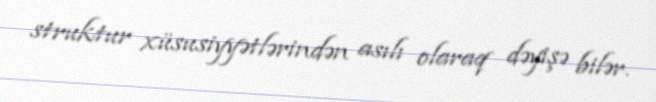
struktur xüsusiyyətlərindən asılı olaraq dəyişə bilər.